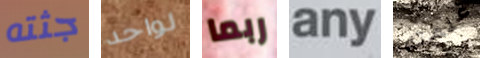
جثته لواحد ربما any علمته